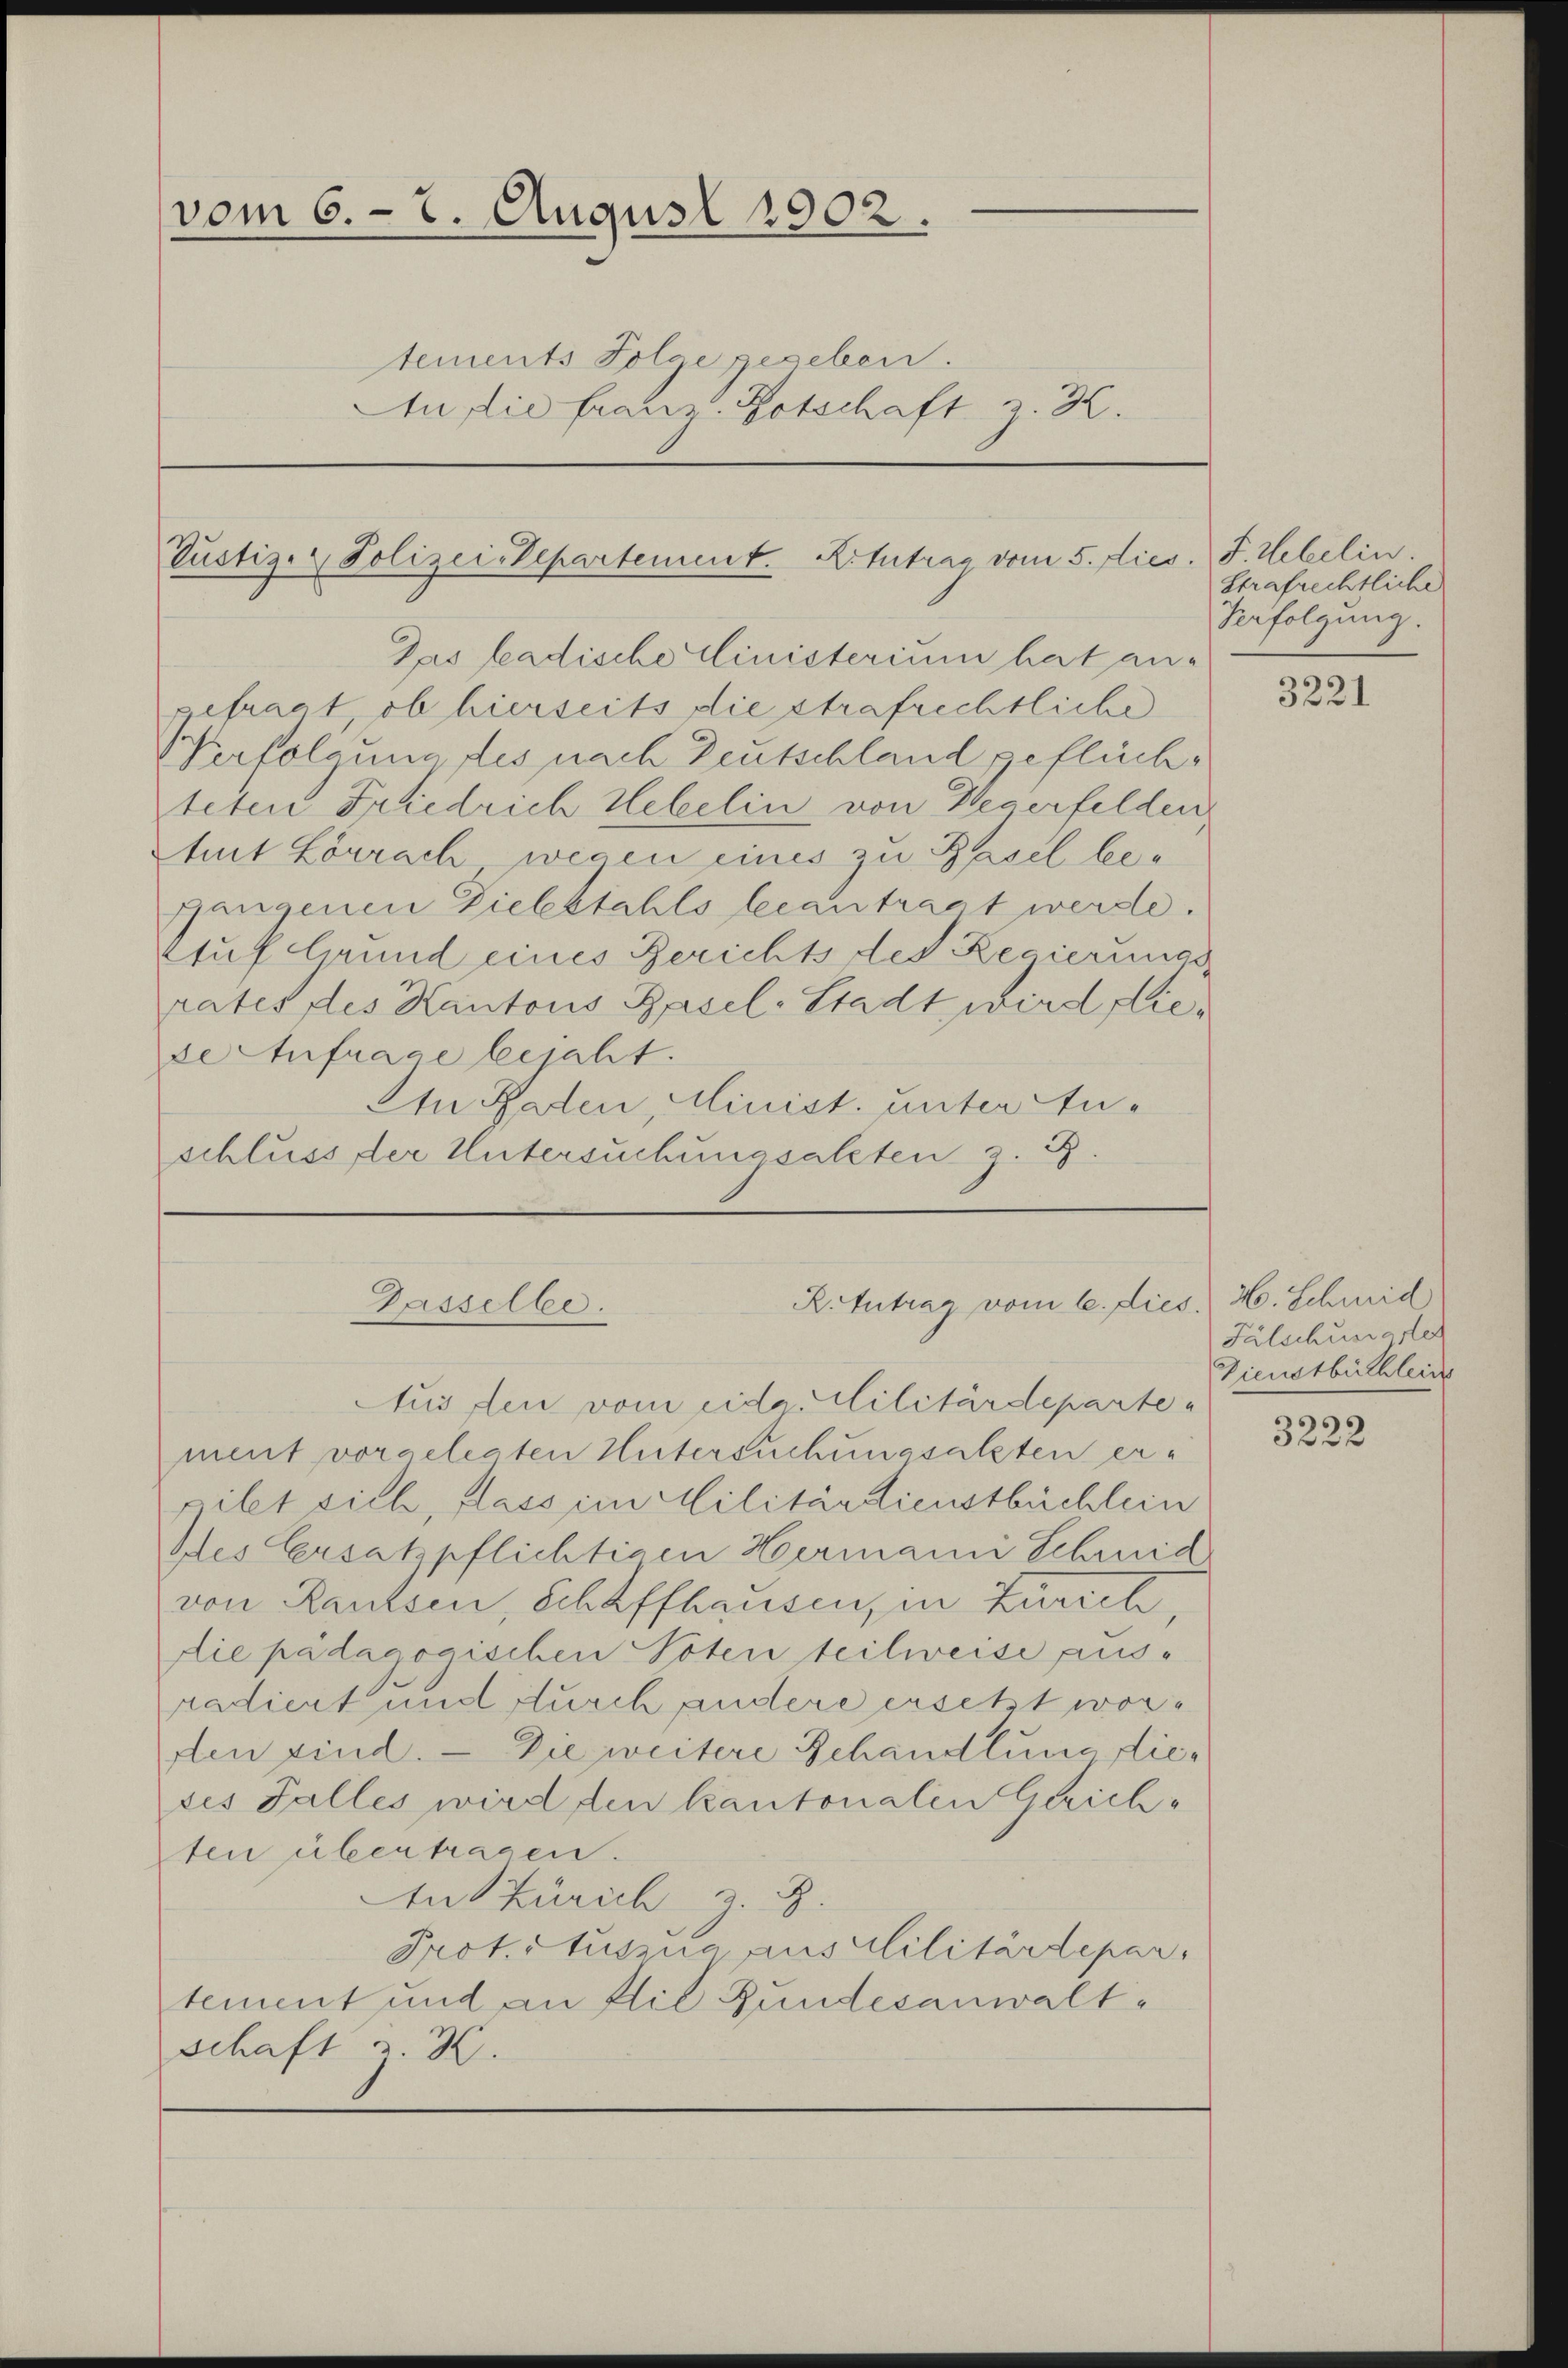
vom 6. 7. August 1902.
tements Folge gegeben.
An die franz. Botschaft z. B.

Pustiz- & Polizeisdepartement. Artutrag vom 5. dies

efragt, ob hierseits die strafrechtliche
Verfolgung des nach Deutschland geflüchteten Friedrich Hebelin von Wegerfelden
tuit Lörrach wegen eines zu Basel begangenen Diebstahls beantragt werde.
Auf Grund eines Berichts des Regierungs
rates des Kantons Basel-Stadt wird diede Anfrage bejaht.
schluss der Untersuchungsakten z. B.

Das badische Ministerium hat an¬
An Paten, Minist. unter An-

Aus den vom eida. Militärdeparte
ment vorgelegten Untersuchungsalzten er-
pilet sich, lass im Militärdienstbüchlein
Des Ersatzpflichtigen Hermann Schmid
von Rautsen, Schaffhausen, in Zürich
die pädagogischen Toten teilweise ausradiert und durch andere ersetzt worden sind. - Die weitere Schandlung diedes Falles wird den kantonalen Gerichten übertragen.
An Zürich z. B.
Prot.Stuszug aus Militärdepar
tement und an die Gundesanwaltschaft z. B.

R. Antrag vom 6. dies H. Schmid
Gasselbe.

F. Uebelin.
Strafrechtliche
Herfolgung.

3221

Fälschung der
Dienstbüchlein

3222